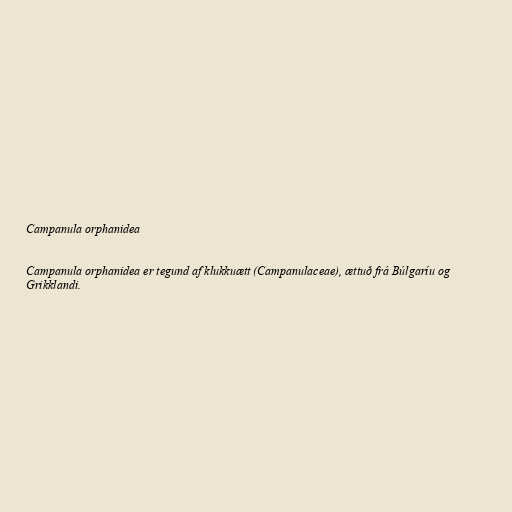
Campanula orphanidea

Campanula orphanidea er tegund af klukkuætt (Campanulaceae), ættuð frá Búlgaríu og
Grikklandi.